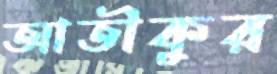
আতীকুর